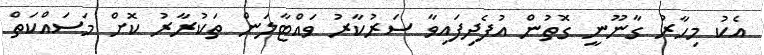
އެކު މިހާރު ގާނޫނީ ގޮތުން އުފެދިފައިވާ ސަރުކާރު ވައްޓާލަން ތަކުރާރު ކޮށް މަސައްކަތް